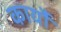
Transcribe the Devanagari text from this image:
कार्यौ